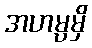
အဟမ္ပမှိ